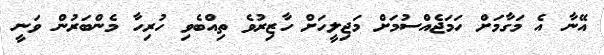
އޭނާ އެ މަގާމަށް ހަމަޖެއްސުމަށް މަޖިލީހަށް ހާޒިރުވެ ތިއްބެވި ހުރިހާ މެންބަރުން ވަނީ